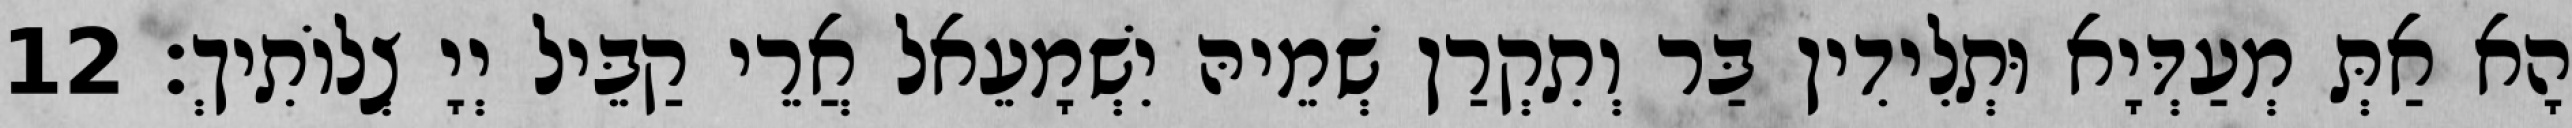
הָא אַתְּ מְעַדְּיָא וּתְלִידִין בַּר וְתִקְרַן שְׁמֵיהּ יִשְׁמָעֵאל אֲרֵי קַבֵּיל יְיָ צְלוֹתִיךְ׃ 12